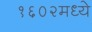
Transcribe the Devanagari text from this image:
१६०२मध्ये